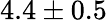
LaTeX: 4.4\pm 0.5